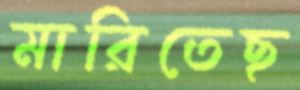
মারিতেছ